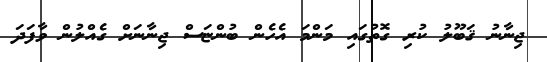
ޖިނާނު ޤަބޫލު ކުރި ގޮތުގައި މަންމަ އެހެން ބުންޏަސް ޖިނާނަށް ގެއްލުން ވާފަދަ